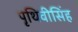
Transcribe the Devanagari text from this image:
पृथिवीसिंह